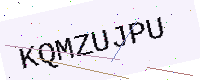
Text: KQMZUJPU